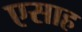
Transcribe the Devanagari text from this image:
एसाह